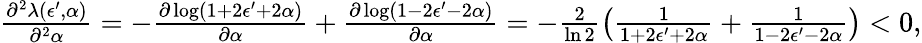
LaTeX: \begin{array}{r}{\frac{\partial^{2}\lambda(\epsilon^{\prime},\alpha)}{\partial^{2}\alpha}=-\frac{\partial\log(1+2\epsilon^{\prime}+2\alpha)}{\partial\alpha}+\frac{\partial\log(1-2\epsilon^{\prime}-2\alpha)}{\partial\alpha}=-\frac{2}{\ln{2}}\big(\frac{1}{1+2\epsilon^{\prime}+2\alpha}+\frac{1}{1-2\epsilon^{\prime}-2\alpha}\big)<0,}\end{array}